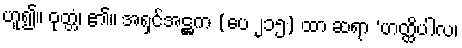
ဟူ၍။ ဝုတ္တံ၊ ၏။ အရှင်အဋ္ဌက (ပေ ၂၁၅) ထာ ဆရာ ‘ဟတ္ထိပါလ၊